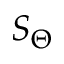
S _ { \Theta }